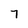
Character: 7